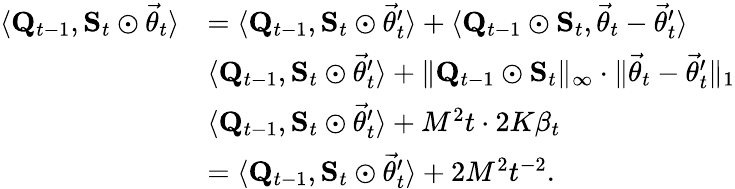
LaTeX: \begin{array}{rl}{\langle\mathbf Q_{t-1},\mathbf S_{t}\odot\vec{\theta}_{t}\rangle}&{=\langle\mathbf Q_{t-1},\mathbf S_{t}\odot\vec{\theta}_{t}^{\prime}\rangle+\langle\mathbf Q_{t-1}\odot\mathbf S_{t},\vec{\theta}_{t}-\vec{\theta}_{t}^{\prime}\rangle}\\ &{\le\langle\mathbf Q_{t-1},\mathbf S_{t}\odot\vec{\theta}_{t}^{\prime}\rangle+\lVert\mathbf Q_{t-1}\odot\mathbf S_{t}\rVert_{\infty}\cdot\lVert\vec{\theta}_{t}-\vec{\theta}_{t}^{\prime}\rVert_{1}}\\ &{\le\langle\mathbf Q_{t-1},\mathbf S_{t}\odot\vec{\theta}_{t}^{\prime}\rangle+M^{2}t\cdot 2K\beta_{t}}\\ &{=\langle\mathbf Q_{t-1},\mathbf S_{t}\odot\vec{\theta}_{t}^{\prime}\rangle+2M^{2}t^{-2}.}\end{array}